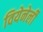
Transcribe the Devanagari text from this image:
वियेनेर्ली